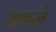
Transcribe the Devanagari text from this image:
क्ब्जे